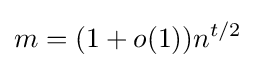
m=(1+o(1))n^{t/2}